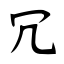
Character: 冗